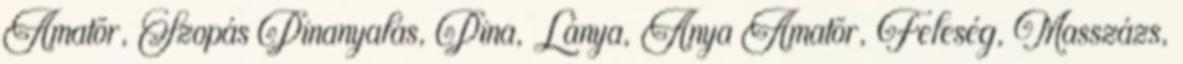
Amatõr, Szopás Pinanyalás, Pina, Lánya, Anya Amatõr, Feleség, Masszázs,